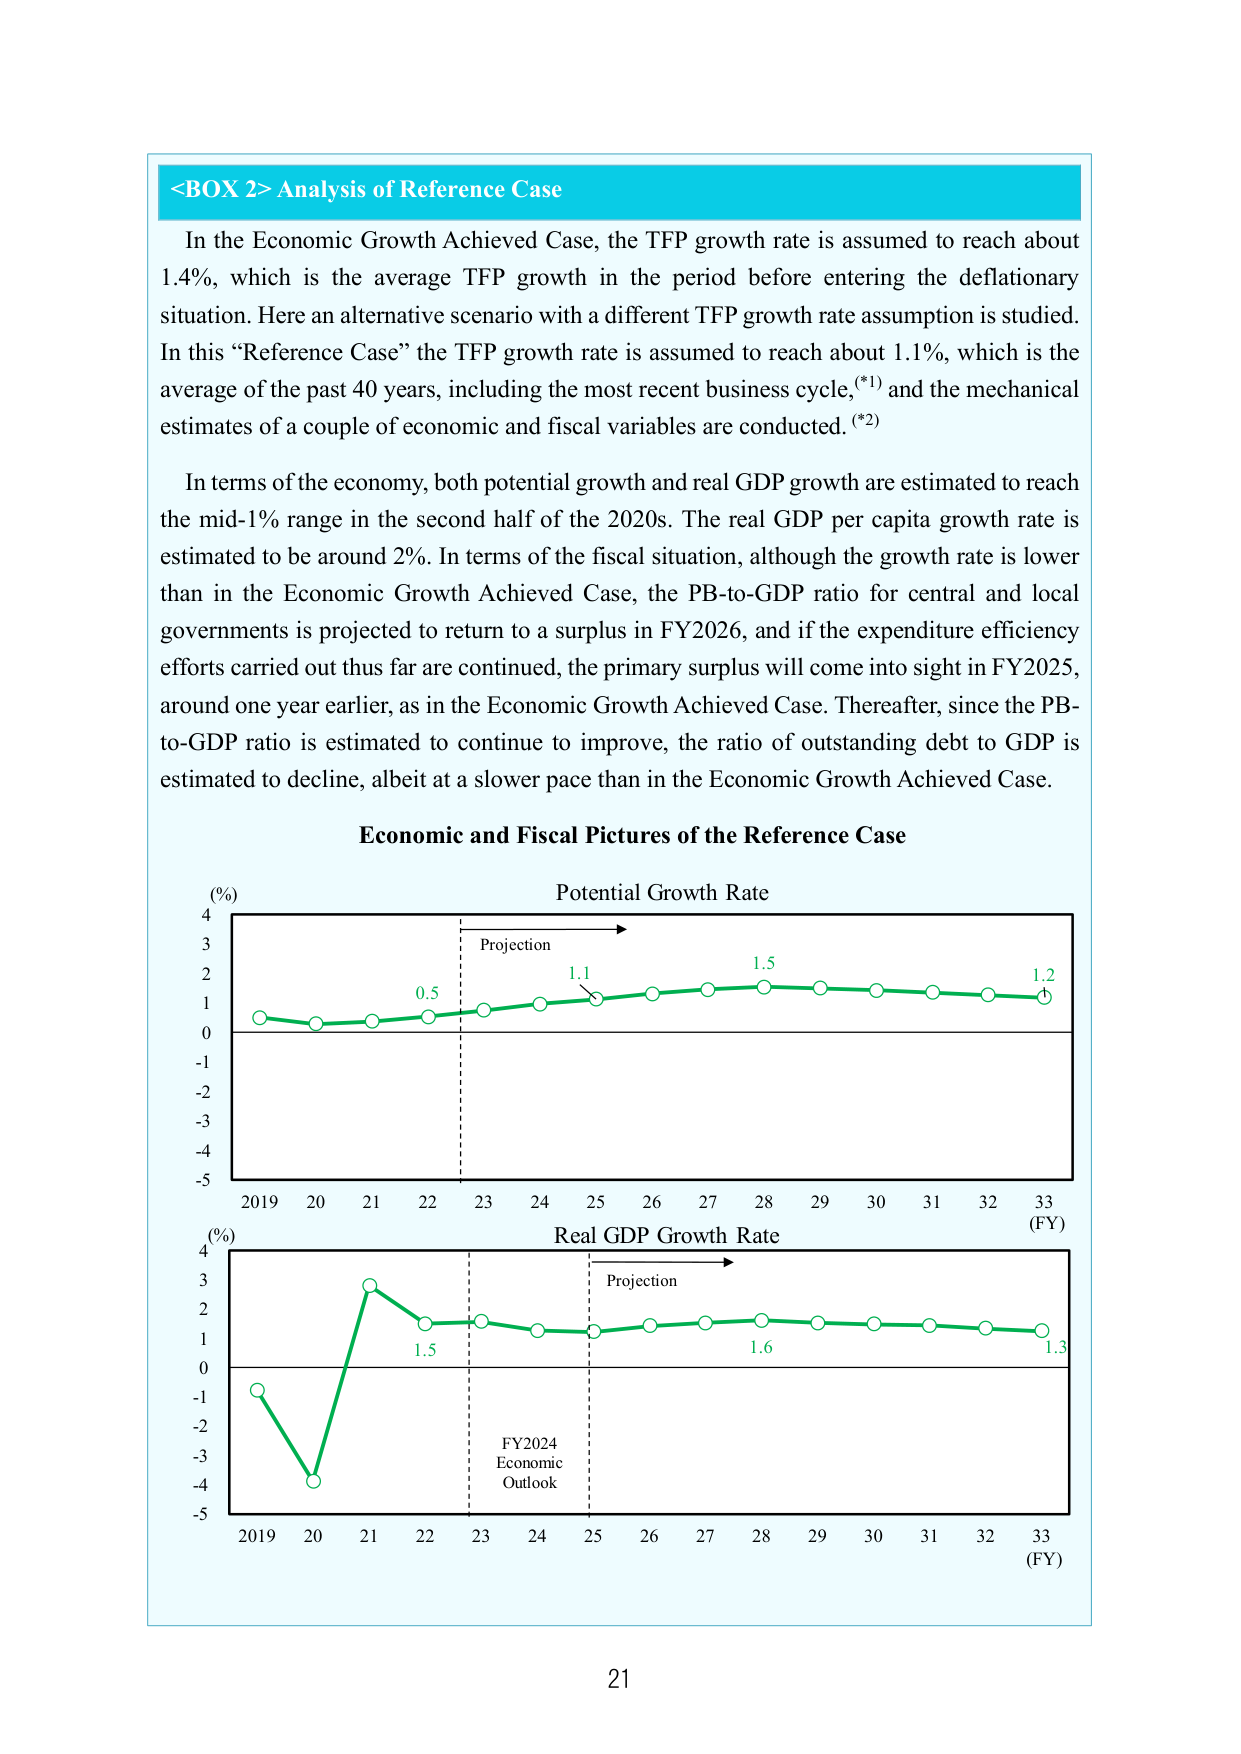
<BOX 2> Analysis of Reference Case

In the Economic Growth Achieved Case, the TFP growth rate is assumed to reach about 1.4%, which is the average TFP growth in the period before entering the deflationary situation. Here an alternative scenario with a different TFP growth rate assumption is studied. In this “Reference Case” the TFP growth rate is assumed to reach about 1.1%, which is the average of the past 40 years, including the most recent business cycle,(*1) and the mechanical estimates of a couple of economic and fiscal variables are conducted. (*2)

In terms of the economy, both potential growth and real GDP growth are estimated to reach the mid-1% range in the second half of the 2020s. The real GDP per capita growth rate is estimated to be around 2%. In terms of the fiscal situation, although the growth rate is lower than in the Economic Growth Achieved Case, the PB-to-GDP ratio for central and local governments is projected to return to a surplus in FY2026, and if the expenditure efficiency efforts carried out thus far are continued, the primary surplus will come into sight in FY2025, around one year earlier, as in the Economic Growth Achieved Case. Thereafter, since the PB-to-GDP ratio is estimated to continue to improve, the ratio of outstanding debt to GDP is estimated to decline, albeit at a slower pace than in the Economic Growth Achieved Case.

Economic and Fiscal Pictures of the Reference Case

(%)
Potential Growth Rate
Projection
0.5
1.1
1.5
1.2
-5
-4
-3
-2
-1
0
1
2
3
4
2019  20  21  22  23  24  25  26  27  28  29  30  31  32  33
(FY)

(%)
Real GDP Growth Rate
Projection
1.5
1.6
1.3
-5
-4
-3
-2
-1
0
1
2
3
4
2019  20  21  22  23  24  25  26  27  28  29  30  31  32  33
(FY)
FY2024
Economic
Outlook

21